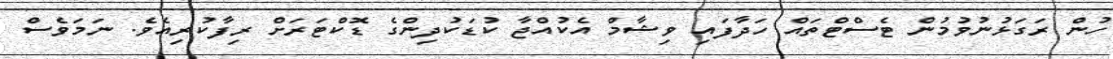
ހުން ރަގަޅުނުވުމުން ޓެސްޓްތައް ހަދާފައި ވިޝާމް އެކުއްޖާ ކުޑަކުދިންގެ ޑޮކްޓަރަށް ރިފާކުރިއެވެ. ނަމަވެސް